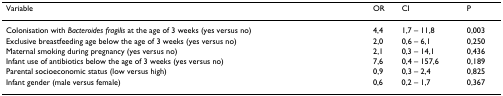
<table><thead><tr><td><b>Variable</b></td><td><b>OR</b></td><td><b>CI</b></td><td><b>P</b></td></tr></thead><tbody><tr><td>Colonisation with <i>Bacteroides fragilis </i>at the age of 3 weeks (yes versus no)</td><td>4,4</td><td>1,7 – 11,8</td><td>0,003</td></tr><tr><td>Exclusive breastfeeding age below the age of 3 weeks (yes versus no)</td><td>2,0</td><td>0,6 – 6,1</td><td>0,250</td></tr><tr><td>Maternal smoking during pregnancy (yes versus no)</td><td>2,1</td><td>0,3 – 14,1</td><td>0,436</td></tr><tr><td>Infant use of antibiotics below the age of 3 weeks (yes versus no)</td><td>7,6</td><td>0,4 – 157,6</td><td>0,189</td></tr><tr><td>Parental socioeconomic status (low versus high)</td><td>0,9</td><td>0,3 – 2,4</td><td>0,825</td></tr><tr><td>Infant gender (male versus female)</td><td>0,6</td><td>0,2 – 1,7</td><td>0,367</td></tr></tbody></table>